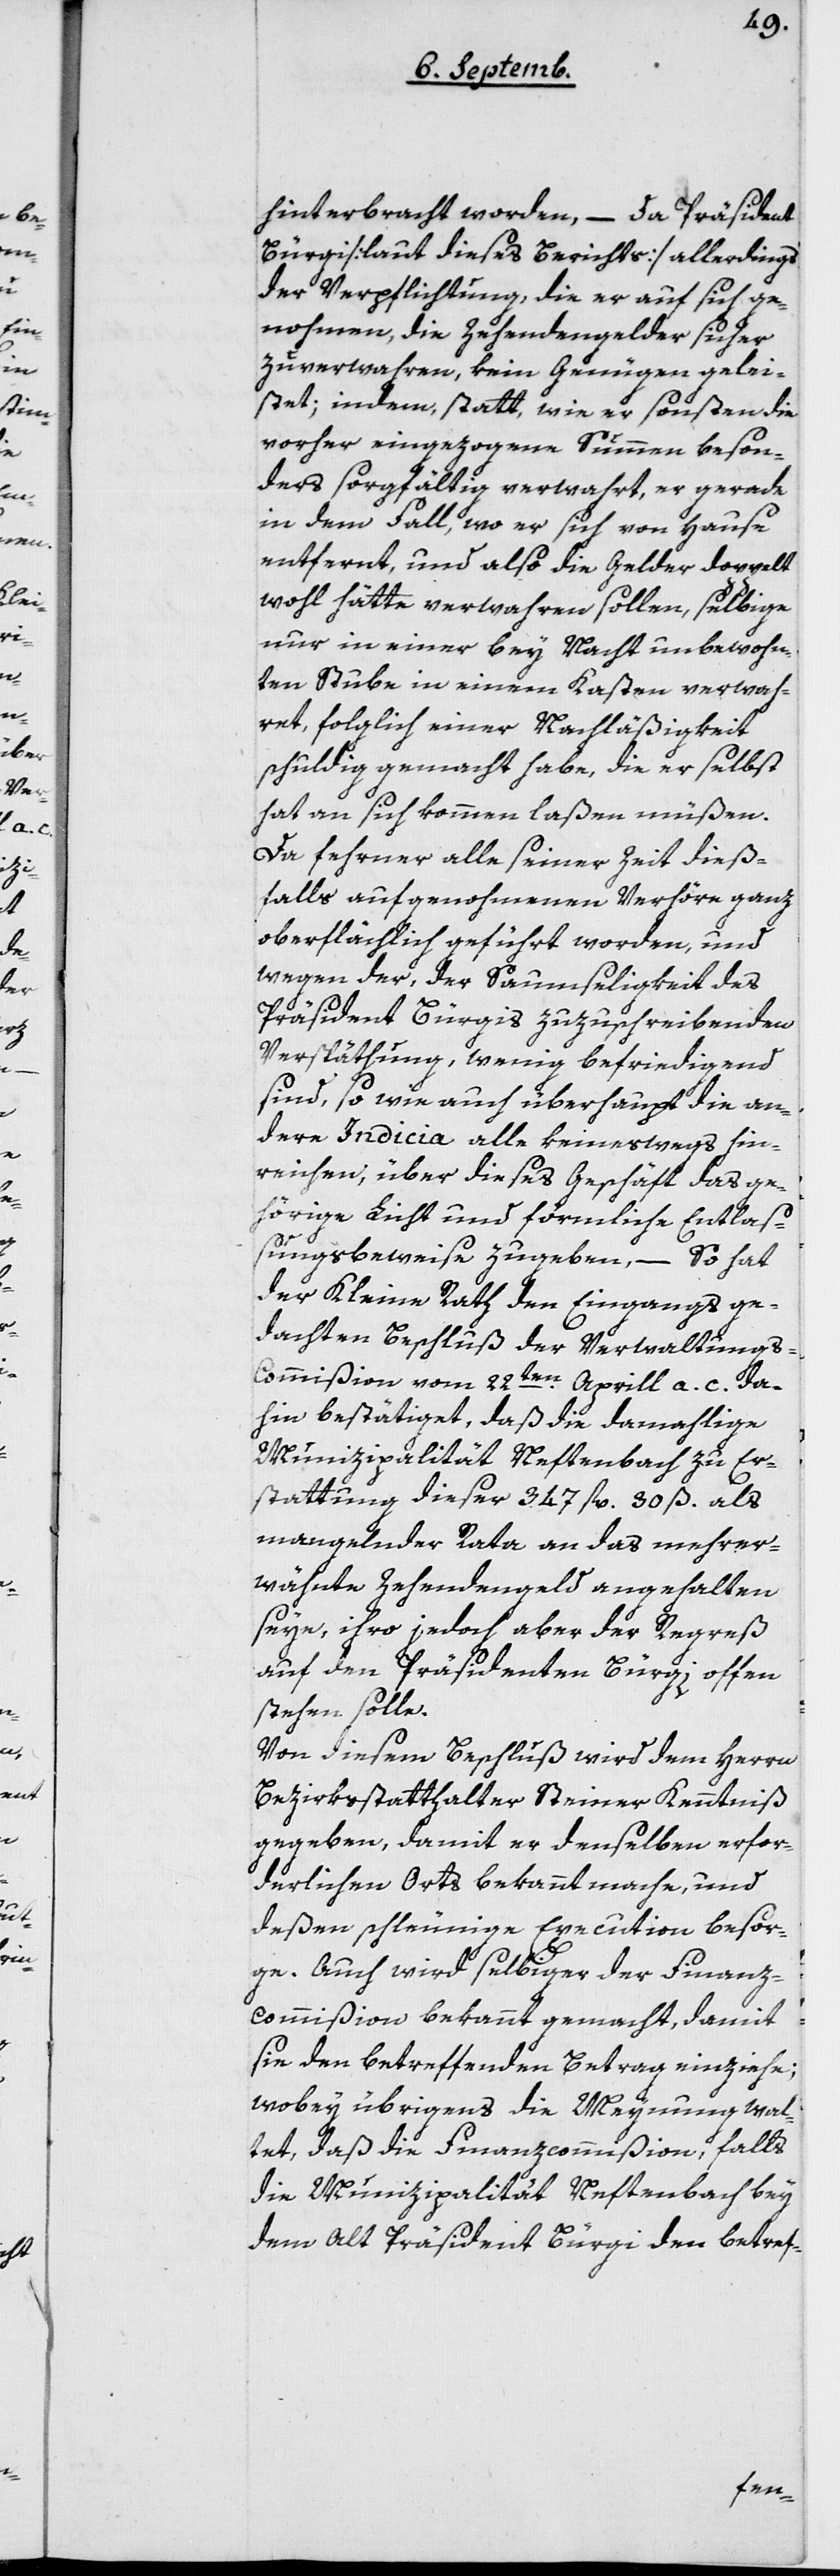
hinterbracht worden, – da Präsident
Bürgi [laut dieses Berichts] allerdings
der Verpflichtung, die er auf sich ge¬
nommen, die Zehendengelder sicher
zu verwahren, kein Genügen gelei¬
stet, indem statt wie er sonsten die
vorher eingezogene Summen beson¬
ders sorgfältig verwahrt, er gerade
in dem Fall, wo er sich von Hause
entfernt, und also die Gelder doppelt
wohl hätte verwahren sollen, selbige
nur in einer bey Nacht unbewohn¬
ten Stube in einem Kasten verwah¬
ret, folglich einer Nachläßigkeit
schuldig gemacht habe, die er selbst
hat an sich kommen laßen müssen.
Da ferner alle seiner Zeit dieß¬
falls aufgenommenen Verhöre ganz
oberflächlich geführt worden, und
wegen der, der Saumseligkeit des
Präsident Bürgis zuzuschreibenden
Verspäthung, wenig befriedigend
sind, so wie auch überhaupt die an¬
dere Indicia alle keineswegs hin¬
reichen, über dieses Geschäft das ge¬
hörige Licht und förmliche Entlaß¬
ungsbeweise zugeben, –
so hat
der Kleine Rath den eingangs ge¬
dachten Beschluß der Verwaltungs-C¬
ommißion vom 22ten Aprill a. c. da¬
hin bestätiget, daß die damahlige
Munizipalität Neftenbach zu Er¬
stattung dieser 347 fl. 30 ß als
mangelnder Rata an das mehrer¬
wähnte Zehendengeld angehalten
seye, ihro jedoch aber der Regreß
auf den Präsidenten Bürgi offen
stehen solle.
Von diesem Beschluß wird dem Herrn
Bezirksstatthalter Steiner Kenntniß
gegeben, damit er denselben erfor¬
derlichen Orts bekannt mache, und
deßen schleunige Execution besor¬
ge. Auch wird selbiger der Finanz¬
commißion bekannt gemacht, damit
sie den betreffenden Betrag einziehe;
wobey übrigens die Meynung wal¬
tet, daß die Finanzcommißion , falls
die Munizipalität Neftenbach bey
dem Alt Präsident Bürgi den betref-